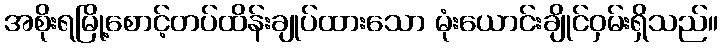
အစိုးရမြို့စောင့်တပ်ထိန်းချုပ်ထားသော မုံးယောင်းချိုင်ဝှမ်းရှိသည်။